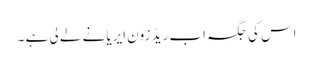
اس کی جگہ اب ریڈ زون ایریا نے لے لی ہے ۔